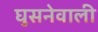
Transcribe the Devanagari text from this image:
घुसनेवाली